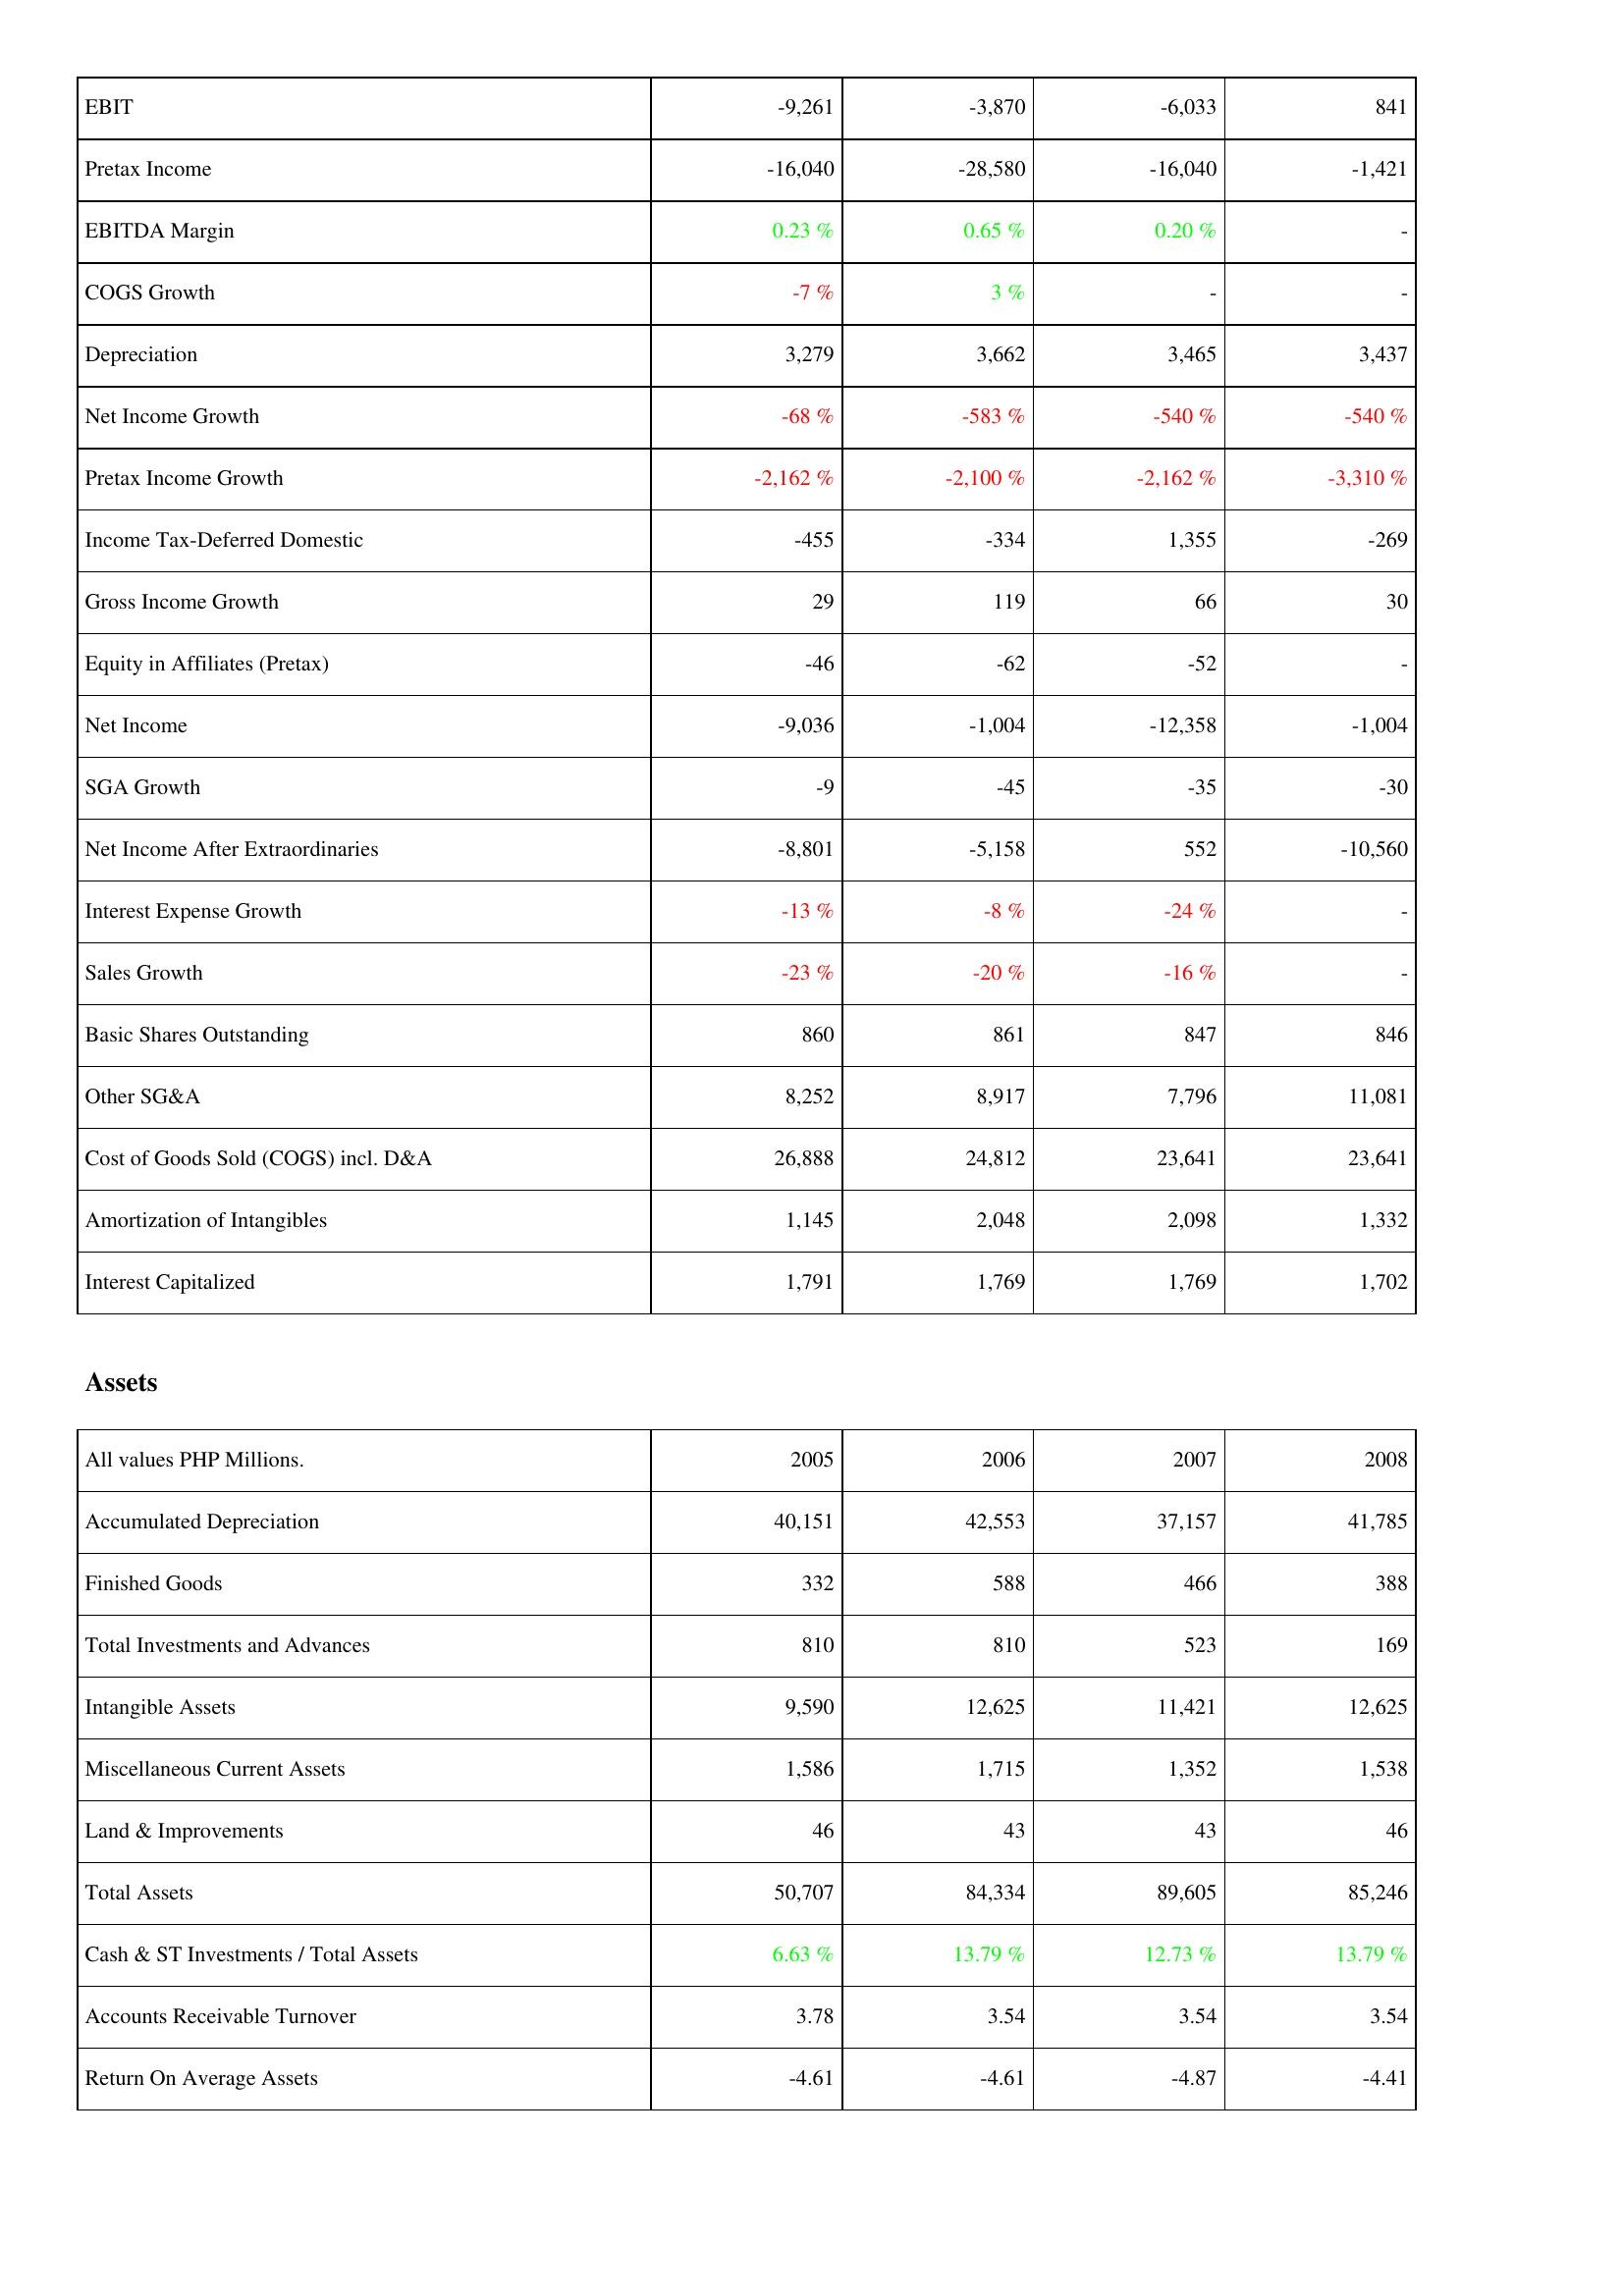
2005: Income Statement: EBIT: -9,261
Pretax Income: -16,040
EBITDA Margin: 0.23 %
COGS Growth: -7 %
Depreciation: 3,279
Net Income Growth: -68 %
Pretax Income Growth: -2,162 %
Income Tax-Deferred Domestic: -455
Gross Income Growth: 29
Equity in Affiliates (Pretax): -46
Net Income: -9,036
SGA Growth: -9
Net Income After Extraordinaries: -8,801
Interest Expense Growth: -13 %
Sales Growth: -23 %
Basic Shares Outstanding: 860
Other SG&A: 8,252
Cost of Goods Sold (COGS) incl. D&A: 26,888
Amortization of Intangibles: 1,145
Interest Capitalized: 1,791
Assets: Accumulated Depreciation: 40,151
Finished Goods: 332
Total Investments and Advances: 810
Intangible Assets: 9,590
Miscellaneous Current Assets: 1,586
Land & Improvements: 46
Total Assets: 50,707
Cash & ST Investments / Total Assets: 6.63 %
Accounts Receivable Turnover: 3.78
Return On Average Assets: -4.61
2006: Income Statement: EBIT: -3,870
Pretax Income: -28,580
EBITDA Margin: 0.65 %
COGS Growth: 3 %
Depreciation: 3,662
Net Income Growth: -583 %
Pretax Income Growth: -2,100 %
Income Tax-Deferred Domestic: -334
Gross Income Growth: 119
Equity in Affiliates (Pretax): -62
Net Income: -1,004
SGA Growth: -45
Net Income After Extraordinaries: -5,158
Interest Expense Growth: -8 %
Sales Growth: -20 %
Basic Shares Outstanding: 861
Other SG&A: 8,917
Cost of Goods Sold (COGS) incl. D&A: 24,812
Amortization of Intangibles: 2,048
Interest Capitalized: 1,769
Assets: Accumulated Depreciation: 42,553
Finished Goods: 588
Total Investments and Advances: 810
Intangible Assets: 12,625
Miscellaneous Current Assets: 1,715
Land & Improvements: 43
Total Assets: 84,334
Cash & ST Investments / Total Assets: 13.79 %
Accounts Receivable Turnover: 3.54
Return On Average Assets: -4.61
2007: Income Statement: EBIT: -6,033
Pretax Income: -16,040
EBITDA Margin: 0.20 %
COGS Growth: -
Depreciation: 3,465
Net Income Growth: -540 %
Pretax Income Growth: -2,162 %
Income Tax-Deferred Domestic: 1,355
Gross Income Growth: 66
Equity in Affiliates (Pretax): -52
Net Income: -12,358
SGA Growth: -35
Net Income After Extraordinaries: 552
Interest Expense Growth: -24 %
Sales Growth: -16 %
Basic Shares Outstanding: 847
Other SG&A: 7,796
Cost of Goods Sold (COGS) incl. D&A: 23,641
Amortization of Intangibles: 2,098
Interest Capitalized: 1,769
Assets: Accumulated Depreciation: 37,157
Finished Goods: 466
Total Investments and Advances: 523
Intangible Assets: 11,421
Miscellaneous Current Assets: 1,352
Land & Improvements: 43
Total Assets: 89,605
Cash & ST Investments / Total Assets: 12.73 %
Accounts Receivable Turnover: 3.54
Return On Average Assets: -4.87
2008: Income Statement: EBIT: 841
Pretax Income: -1,421
EBITDA Margin: -
COGS Growth: -
Depreciation: 3,437
Net Income Growth: -540 %
Pretax Income Growth: -3,310 %
Income Tax-Deferred Domestic: -269
Gross Income Growth: 30
Equity in Affiliates (Pretax): -
Net Income: -1,004
SGA Growth: -30
Net Income After Extraordinaries: -10,560
Interest Expense Growth: -
Sales Growth: -
Basic Shares Outstanding: 846
Other SG&A: 11,081
Cost of Goods Sold (COGS) incl. D&A: 23,641
Amortization of Intangibles: 1,332
Interest Capitalized: 1,702
Assets: Accumulated Depreciation: 41,785
Finished Goods: 388
Total Investments and Advances: 169
Intangible Assets: 12,625
Miscellaneous Current Assets: 1,538
Land & Improvements: 46
Total Assets: 85,246
Cash & ST Investments / Total Assets: 13.79 %
Accounts Receivable Turnover: 3.54
Return On Average Assets: -4.41